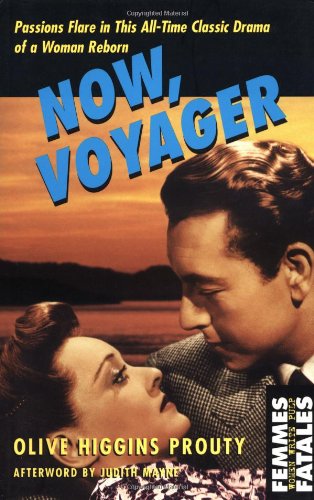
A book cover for Now, Voyager (Femmes Fatales); Olive Higgins Prouty; Literature & Fiction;